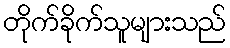
တိုက်ခိုက်သူများသည်